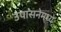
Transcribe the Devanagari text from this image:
उपासनेमध्ये